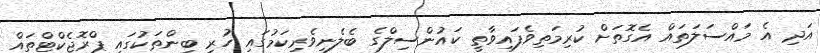
އަދި އެ މައްސަލަތައް އެގޮތަށް ކުރިމަތިވެފައިވާތީ ކައުންސިލްގެ ބެލެނިވެރިކަމުގައި ހުރި ބިންތަކުގައި ޕްރޮޖެކްޓްތައް